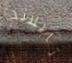
تايلاند